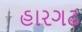
હારગઢ